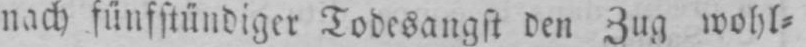
nach fünfstündiger Todesangst den Zug wohl⸗